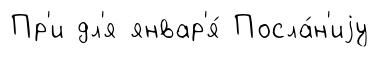
Пр'и дл'я январ'я́ Посла́н'иjу